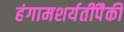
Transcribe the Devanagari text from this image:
हंगामशर्यतींपैकी